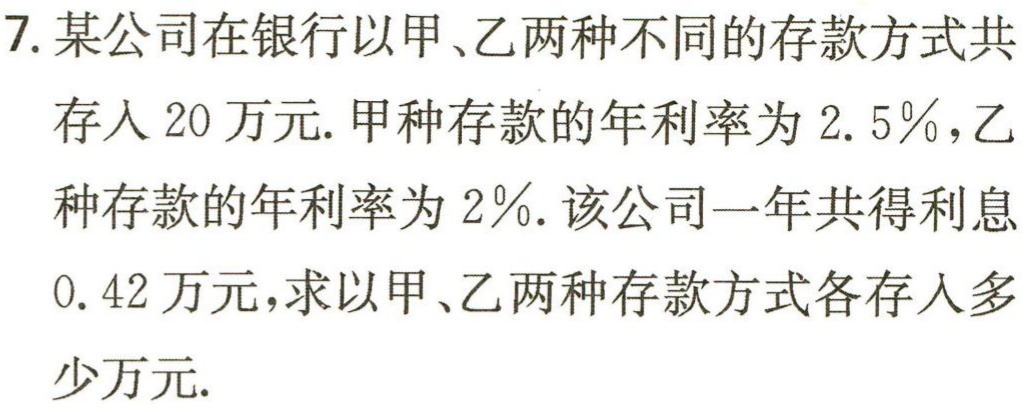
7. 某公司在银行以甲、乙两种不同的存款方式共存入 20 万元. 甲种存款的年利率为 2.5%，乙种存款的年利率为 2%. 该公司一年共得利息0.42 万元，求以甲、乙两种存款方式各存入多少万元.